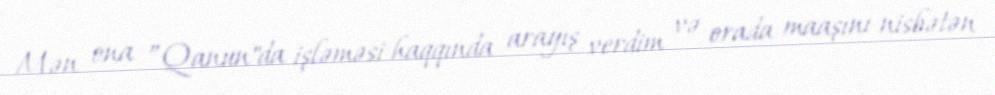
Mən ona ”Qanun"da işləməsi haqqında arayış verdim və orada maaşını nisbətən